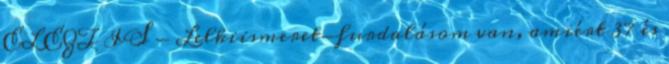
EL EZT IS - Lelkiismeret-furdalásom van, amiért 37 és